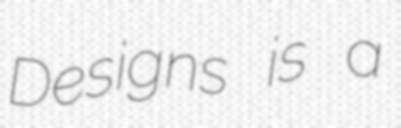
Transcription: Designs is a